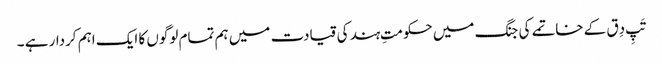
تَپِ دِق کے خاتمے کی جنگ میں حکومتِ ہند کی قیادت میں ہم تمام لوگوں کا ایک اہم کردار ہے ۔